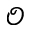
\mathcal { O }